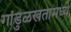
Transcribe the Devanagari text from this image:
गांडुळखतामध्ये